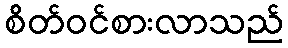
စိတ်ဝင်စားလာသည်